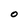
Character: O